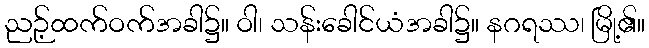
ညဉ့်ထက်ဝက်အခါ၌။ ဝါ၊ သန်းခေါင်ယံအခါ၌။ နဂရဿ၊ မြို့၏။